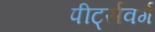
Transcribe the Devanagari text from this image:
पीर्ट्सवर्ग